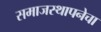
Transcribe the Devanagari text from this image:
समाजस्थापनेचा